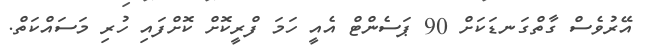
އޭރުވެސް ގާތްގަނޑަކަށް 90 ޕަސެންޓް އެއީ ހަމަ ފްރީކޮށް ކޮށްފައި ހުރި މަސައްކަތް.